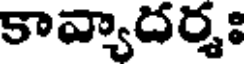
కావ్యాదర్మః